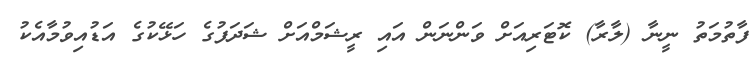
ފާތުމަތު ނީނާ (ލާރާ) ކޮޓަރިއަށް ވަންނަން އައި ރީޝަމްއަށް ޝަދަފުގެ ހަޅޭކުގެ އަޑުއިވުމާއެކު